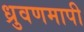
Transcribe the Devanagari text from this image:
ध्रुवणमापी